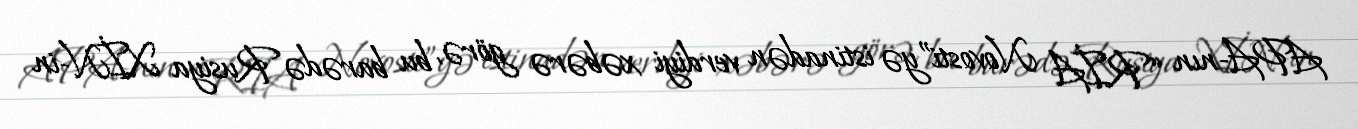
APA-nın “RİA Novosti”yə istinadən verdiyi xəbərə görə, bu barədə Rusiya XİN-in